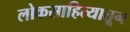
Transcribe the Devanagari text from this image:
लोकसाहित्यातून